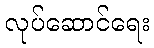
လုပ်ဆောင်ရေး